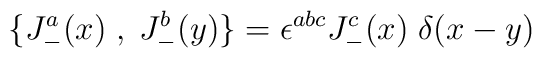
\{J_{-}^{a}(x)\;,\;J_{-}^{b}(y) \} = \epsilon^{abc} J_{-}^{c}(x) \\ \;  \delta (x-y)